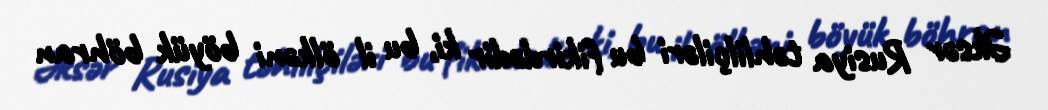
Əksər Rusiya təhlilçiləri bu fikirdədir ki, bu il ölkəni böyük böhran